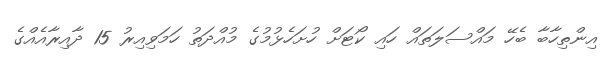
އިންތިހާބާ ބެހޭ މައްސަލަތައް ހައި ކޯޓަށް ހުށަހެޅުމުގެ މުއްދަތު ހަމަވިއިރު 15 ދާއިރާއެއްގެ